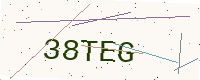
Text: 38TEG